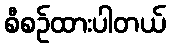
စီစဉ်ထားပါတယ်